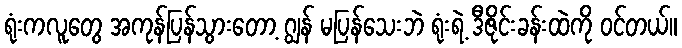
ရုံးကလူတွေ အကုန်ပြန်သွားတော့ ဂျွန် မပြန်သေးဘဲ ရုံးရဲ့ ဒီဇိုင်းခန်းထဲကို ဝင်တယ်။